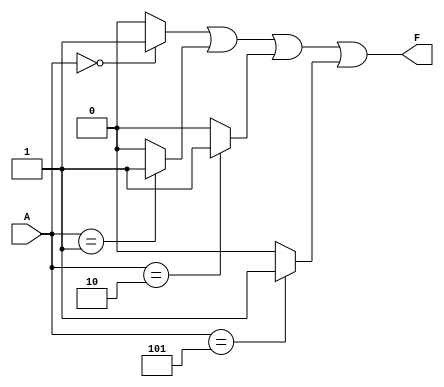
module prime_implicant(
    input wire [3:0] A, // 4 input variables (A3, A2, A1, A0)
    output wire F       // Output for the minimized function
);

    // Define the minterms for the truth table (example: m0, m1, m2, m5)
    parameter MINTS = 4'b0011; // Represents minterms {0, 1, 2, 5} as binary

    // Intermediate signals for prime implicants
    wire p1, p2, p3, p4;

    // Generate prime implicants based on minterms
    assign p1 = (A == 4'b0000) ? 1 : 0; // m0
    assign p2 = (A == 4'b0001) ? 1 : 0; // m1
    assign p3 = (A == 4'b0010) ? 1 : 0; // m2
    assign p4 = (A == 4'b0101) ? 1 : 0; // m5

    // Combine the prime implicants to form the output
    assign F = p1 | p2 | p3 | p4;

endmodule